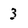
Character: 3